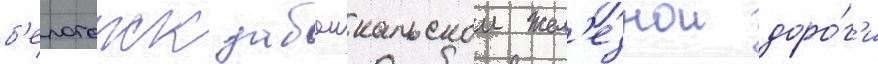
б'елогорск забаикальскои жел'езнои доро́г'и